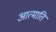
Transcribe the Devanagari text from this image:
आत्माति